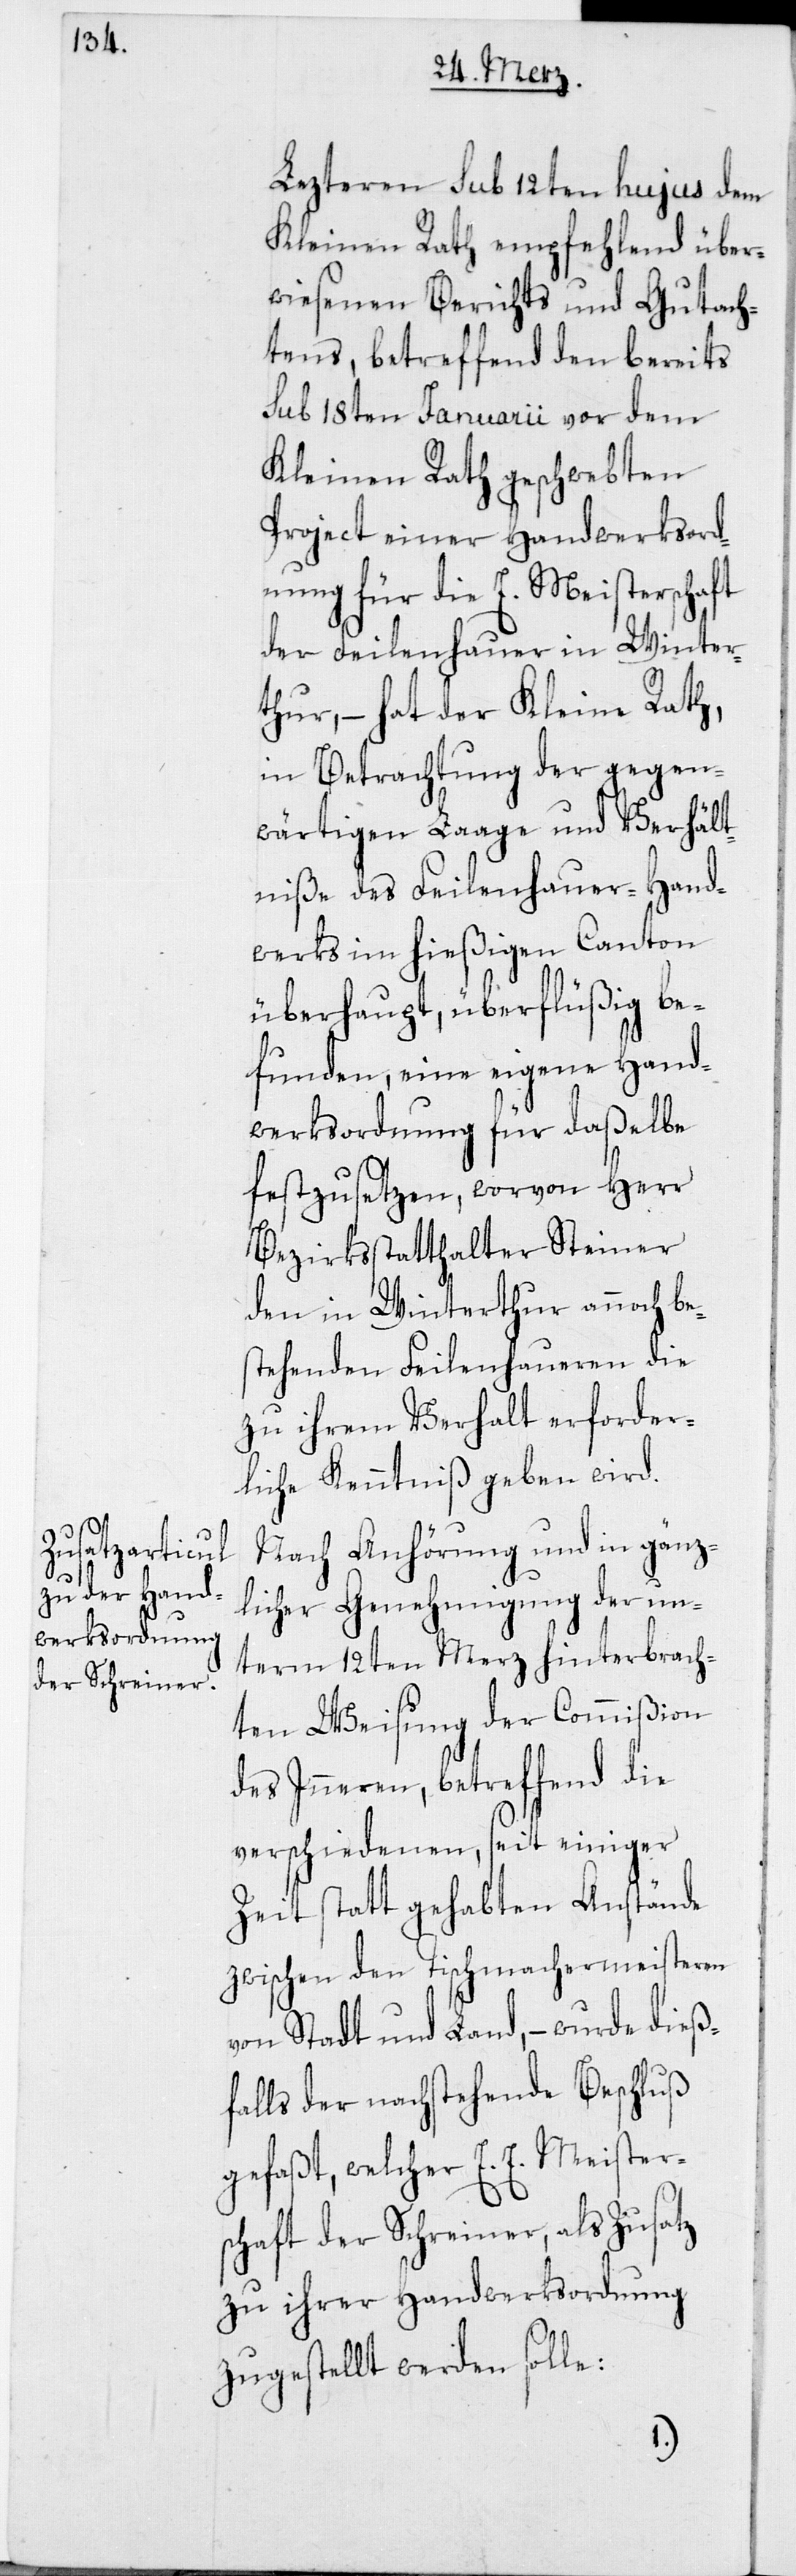
Lezteren sub 12ten hujus dem
Kleinen Rathe empfehlend über¬
wiesenen Berichts und Gutach¬
tens, betreffend den bereits
sub 18ten Januarii vor dem
Kleinen Rath geschwebten
Project einer Handwerksord¬
nung für die E. Meisterschaft
der Feilenhauer in Winter¬
thur, – hat der Kleine Rath,
in Betrachtung der gegen¬
wärtigen Laage und Verhält¬
niße des Feilenhauer-Hand¬
werks im hießigen Canton
überhaupt, überflüßig be¬
funden, eine eigene Hand¬
werksordnung für daßelbe
festzusetzen, worvon Herr
Bezirksstatthalter Steiner
den in Winterthur annoch be¬
stehenden Feilenhaueren die
zu ihrem Verhalt erforder¬
liche Kenntniß geben wird.
Nach Anhörung und in gänz¬
licher Genehmigung der un¬
term 12ten Merz hinterbrach¬
ten Weisung der Commißion
des Inneren, betreffend die
verschiedenen, seit einiger
Zeit statt gehabten Anstände
zwischen den Tischmachermeisteren
von Stadt und Land, – wurde dieß¬
falls der nachstehende Beschluß
gefaßt, welcher E. E. Meister¬
schaft der Schreiner, als Zusatz
zu ihrer Handwerksordnung
zugestellt werden solle: